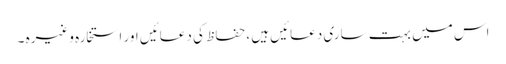
اس میں بہت ساری دعائیں ہیں ،حفاظ کی دعائیں اور استخارہ وغیرہ ۔